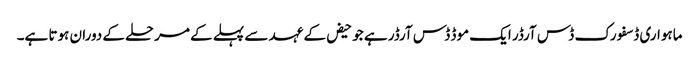
ماہواری ڈسفورک ڈس آرڈر ایک موڈ ڈس آرڈر ہے جو حیض کے عہد سے پہلے کے مرحلے کے دوران ہوتا ہے۔